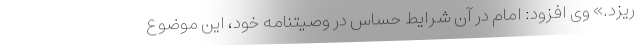
ریزد.» وی افزود: امام در آن شرایط حساس در وصیتنامه خود، این موضوع